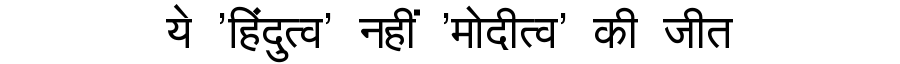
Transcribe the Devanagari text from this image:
ये 'हिंदुत्व' नहीं 'मोदीत्व' की जीत